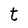
Character: t